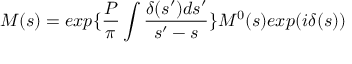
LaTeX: M ( s ) = e x p \{ \frac { P } { \pi } \int \frac { \delta ( s ^ { \prime } ) d s ^ { \prime } } { s ^ { \prime } - s } \} M ^ { 0 } ( s ) e x p ( i \delta ( s ) )